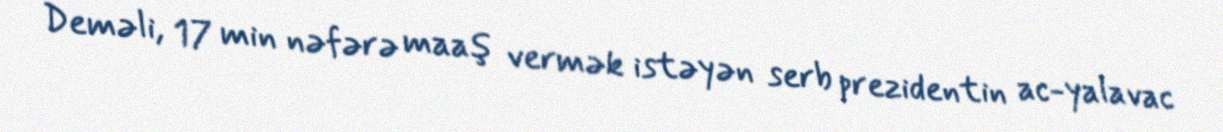
Deməli, 17 min nəfərə maaş vermək istəyən serb prezidentin ac-yalavac